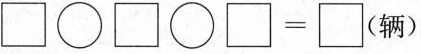
$$\Box \circ \Box \circ = \circ (辆)$$